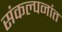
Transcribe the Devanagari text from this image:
संकल्पनांत